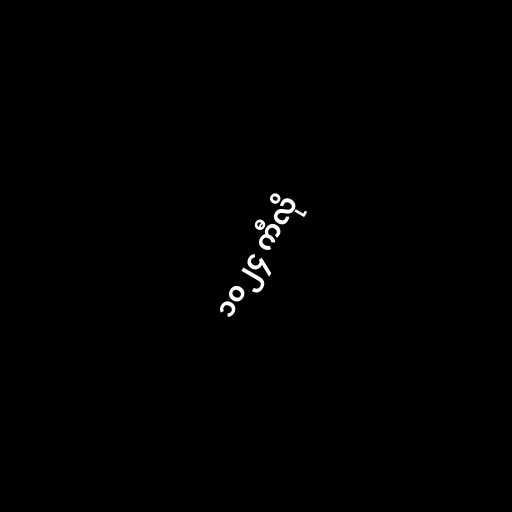
၁၀၂၄ ကီလို